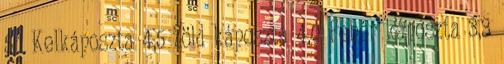
5,1 Kelkáposzta 4,5 Zöld káposzta 4,0 Fehér káposzta 3,3